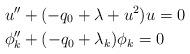
LaTeX: \begin{align*}&u''+(-q_0+\lambda+u^2)u=0\\&\phi_k''+(-q_0+\lambda_k)\phi_k=0\end{align*}